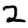
Digit: 2